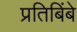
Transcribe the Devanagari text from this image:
प्रतिबिंबे